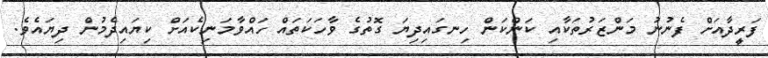
ފަރީދާއަށް ފެނުނު މަންޒަރުތަކާއި ކަންކަން ހިނގައިދިޔަ ގޮތުގެ ވާހަކަތައް ހައްވާމަނިކެއަށް ކިޔައިދެމުން ދިޔައެވެ.